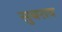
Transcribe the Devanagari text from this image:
सुबराव